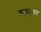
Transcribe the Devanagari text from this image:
कलाभुवन